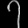
Digit: ၇